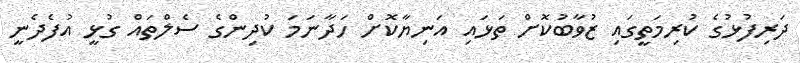
ދަރިފުޅުގެ ކުރިމަތީގައި ޒުވާބުކޮށް ތަޅައި އަނިޔާކޮށް ހަދާނަމަ ކުދިންގެ ސެލްތައް ގުޅީ އުފެދެނީ